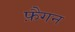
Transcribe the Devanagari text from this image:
फ़ैगन